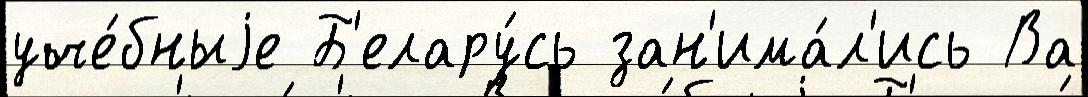
уче́бныjе Б'елару́сь зан'има́л'ись Ва